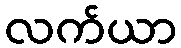
လက်ယာ